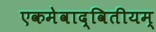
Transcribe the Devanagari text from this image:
एकमेवाद्वितीयम्‌